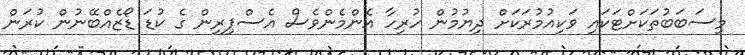
މިސަބަބުތަކަށްޓަކައި ވަކިއުމުރަކަށް ދިޔުމުން ހުރިހާ އެންމެންވެސް އެސްޕިރިން ގެ ކުޑަ ޑޯޒެއްބޭނުން ކުރަން